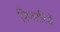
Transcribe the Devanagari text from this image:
पिण्डारियों